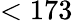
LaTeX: <173